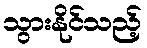
သွားနိုင်သည့်